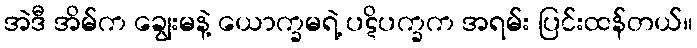
အဲဒီ အိမ်က ချွေးမနဲ့ ယောက္ခမရဲ့ ပဋိပက္ခက အရမ်း ပြင်းထန်တယ်။